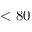
< 8 0